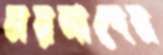
ময়নাদের